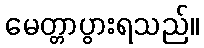
မေတ္တာပွားရသည်။